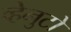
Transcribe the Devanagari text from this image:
व्हेनुटो